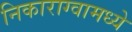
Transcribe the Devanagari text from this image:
निकाराग्वामध्ये